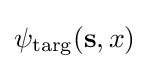
\psi _{\mathrm {targ} }({\bf {s}},x)